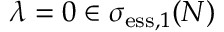
\lambda = 0 \in \sigma _ { \mathrm { e s s } , 1 } ( N )